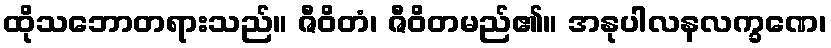
ထိုသဘောတရားသည်။ ဇီဝိတံ၊ ဇီဝိတမည်၏။ အနုပါလနလက္ခဏေ၊